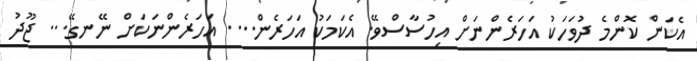
އެކަން ކޮންމެ ދުވަހަކު އަހަރެންނަށް އިހުސާސްވޭ. އެކަމަކު އަހަރެން.... އަހަރެންނަކަށް ނޭނގޭ... ޖޫދު